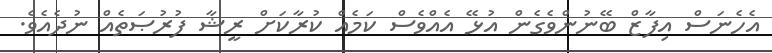
އެހެނަސް އިފާޒް ބޭނުންވެގެން އުޅޭ އެއްވެސް ކަމެއް ކުރާކަށް ރީޝާ ފުރުޞަތެއް ނުދެއެވެ.